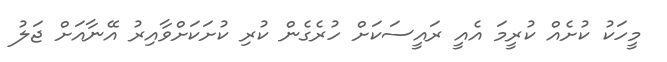
މީހަކު ކުށެއް ކުރީމަ އެއީ ރައީސަކަށް ހުރެގެން ކުރި ކުށަކަށްވާއިރު އޭނާއަށް ޖަލު